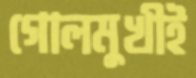
গোলমুখীই